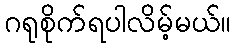
ဂရုစိုက်ရပါလိမ့်မယ်။